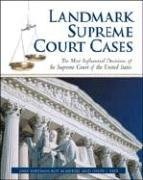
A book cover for Landmark Supreme Court Cases: The Most Influential Decisions of the Supreme Court of the United States; Gary Hartman; Law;